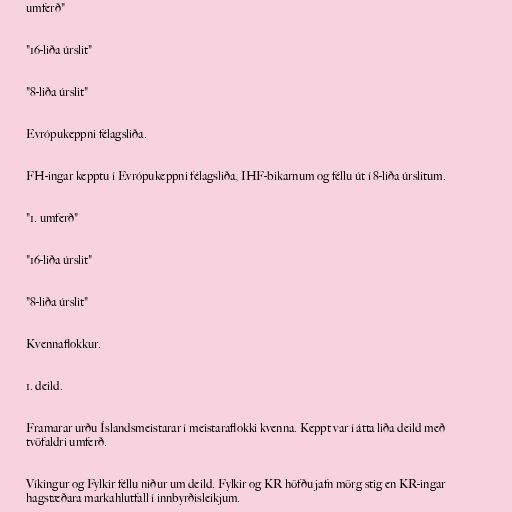
umferð"

"16-liða úrslit"

"8-liða úrslit"

Evrópukeppni félagsliða.

FH-ingar kepptu í Evrópukeppni félagsliða, IHF-bikarnum og féllu út í 8-liða úrslitum.

"1. umferð"

"16-liða úrslit"

"8-liða úrslit"

Kvennaflokkur.

1. deild.

Framarar urðu Íslandsmeistarar í meistaraflokki kvenna. Keppt var í átta liða deild með
tvöfaldri umferð.

Víkingur og Fylkir féllu niður um deild. Fylkir og KR höfðu jafn mörg stig en KR-ingar
hagstæðara markahlutfall í innbyrðisleikjum.